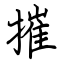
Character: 摧